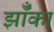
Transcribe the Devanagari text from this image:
झॉँका